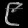
Digit: ၉